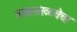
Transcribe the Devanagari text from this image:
लोकसंख्य्चेचा